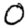
Digit: 0